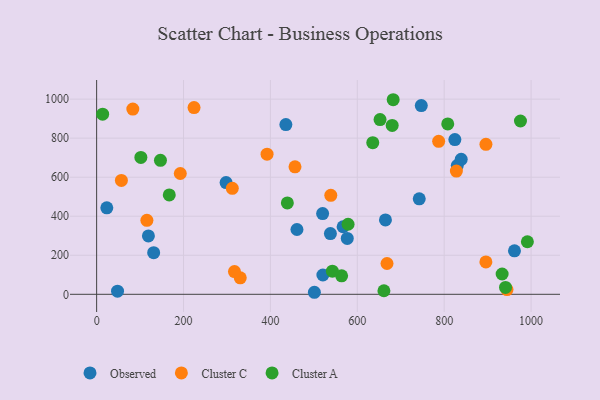
{"axis": {"x": "Experience", "y": "Demand"}, "legend": ["Cluster A", "Cluster C", "Observed"], "data": [{"x": "830.1", "y": 659.9, "type": "Observed"}, {"x": "520.8", "y": 98.8, "type": "Observed"}, {"x": "23.4", "y": 442.9, "type": "Observed"}, {"x": "131.3", "y": 213.2, "type": "Observed"}, {"x": "824.6", "y": 792.8, "type": "Observed"}, {"x": "567.3", "y": 346.1, "type": "Observed"}, {"x": "538.1", "y": 311.1, "type": "Observed"}, {"x": "119.2", "y": 299.1, "type": "Observed"}, {"x": "48.1", "y": 15.8, "type": "Observed"}, {"x": "501.2", "y": 10.4, "type": "Observed"}, {"x": "839.2", "y": 691.3, "type": "Observed"}, {"x": "576.9", "y": 286.4, "type": "Observed"}, {"x": "961.8", "y": 223.0, "type": "Observed"}, {"x": "664.8", "y": 381.1, "type": "Observed"}, {"x": "461.1", "y": 331.9, "type": "Observed"}, {"x": "520.2", "y": 413.4, "type": "Observed"}, {"x": "742.6", "y": 489.2, "type": "Observed"}, {"x": "298.0", "y": 572.4, "type": "Observed"}, {"x": "435.6", "y": 869.5, "type": "Observed"}, {"x": "747.3", "y": 966.7, "type": "Observed"}, {"x": "57.0", "y": 583.3, "type": "Cluster C"}, {"x": "896.0", "y": 165.9, "type": "Cluster C"}, {"x": "224.2", "y": 956.9, "type": "Cluster C"}, {"x": "668.4", "y": 157.8, "type": "Cluster C"}, {"x": "330.6", "y": 84.5, "type": "Cluster C"}, {"x": "317.3", "y": 116.4, "type": "Cluster C"}, {"x": "392.3", "y": 717.8, "type": "Cluster C"}, {"x": "896.1", "y": 768.5, "type": "Cluster C"}, {"x": "83.3", "y": 948.9, "type": "Cluster C"}, {"x": "787.3", "y": 783.7, "type": "Cluster C"}, {"x": "192.6", "y": 619.0, "type": "Cluster C"}, {"x": "312.3", "y": 542.9, "type": "Cluster C"}, {"x": "115.7", "y": 379.0, "type": "Cluster C"}, {"x": "456.6", "y": 653.2, "type": "Cluster C"}, {"x": "944.6", "y": 24.1, "type": "Cluster C"}, {"x": "539.0", "y": 506.9, "type": "Cluster C"}, {"x": "828.1", "y": 631.1, "type": "Cluster C"}, {"x": "975.6", "y": 887.9, "type": "Cluster A"}, {"x": "680.3", "y": 865.1, "type": "Cluster A"}, {"x": "101.8", "y": 701.5, "type": "Cluster A"}, {"x": "167.2", "y": 509.3, "type": "Cluster A"}, {"x": "661.3", "y": 18.2, "type": "Cluster A"}, {"x": "146.9", "y": 686.3, "type": "Cluster A"}, {"x": "991.5", "y": 269.2, "type": "Cluster A"}, {"x": "439.0", "y": 468.0, "type": "Cluster A"}, {"x": "13.8", "y": 922.9, "type": "Cluster A"}, {"x": "563.9", "y": 94.9, "type": "Cluster A"}, {"x": "941.2", "y": 35.2, "type": "Cluster A"}, {"x": "652.4", "y": 895.2, "type": "Cluster A"}, {"x": "808.2", "y": 873.1, "type": "Cluster A"}, {"x": "542.6", "y": 118.6, "type": "Cluster A"}, {"x": "578.8", "y": 359.0, "type": "Cluster A"}, {"x": "635.6", "y": 776.7, "type": "Cluster A"}, {"x": "682.6", "y": 996.9, "type": "Cluster A"}, {"x": "933.4", "y": 104.0, "type": "Cluster A"}]}